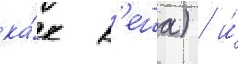
ка́к к'еша) / и́